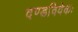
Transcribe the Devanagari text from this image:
दण्डविवेकः